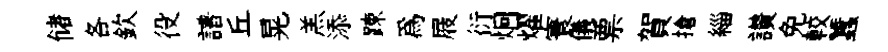
储各欽役譜丘晃羔添踈為屐衍炯燿寰儀票賀搶緇讃免較蠶